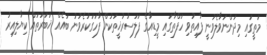
މަތީގައި މިދަންނަވާލެވުނީ ފާއިތުވި ހަފްތާގައި މީޑިއާގެ ފަލަސުރުޚީތަކުން ފާހަގަކުރެވުނު ބައެއް ޚަބަރުތައް ކިޔާލިއިރު